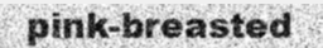
pink-breasted